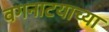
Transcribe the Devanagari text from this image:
वगनाटयाच्या